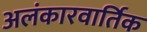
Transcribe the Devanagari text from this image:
अलंकारवार्तिक